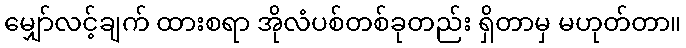
မျှော်လင့်ချက် ထားစရာ အိုလံပစ်တစ်ခုတည်း ရှိတာမှ မဟုတ်တာ။